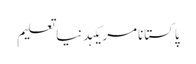
پاکستانامریکہدنیاتعلیم